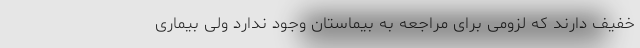
خفیف دارند که لزومی برای مراجعه به بیماستان وجود ندارد ولی بیماری